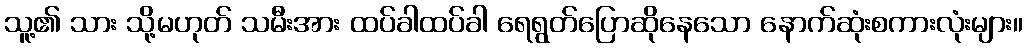
သူ့၏ သား သို့မဟုတ် သမီးအား ထပ်ခါထပ်ခါ ရေရွတ်ပြောဆိုနေသော နောက်ဆုံးစကားလုံးများ။